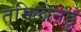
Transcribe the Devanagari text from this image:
तमिलानडु